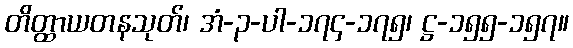
တိတ္ထာယတနသုတ်၊ အံ-၃-ပါ-၁၇၄-၁၇၅၊ ဋ္ဌ-၁၅၅-၁၅၇။